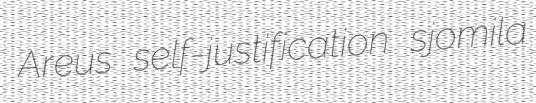
Areus self-justification sjomila